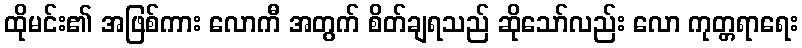
ထိုမင်း၏ အဖြစ်ကား လောကီ အတွက် စိတ်ချရသည် ဆိုသော်လည်း လော ကုတ္တရာရေး